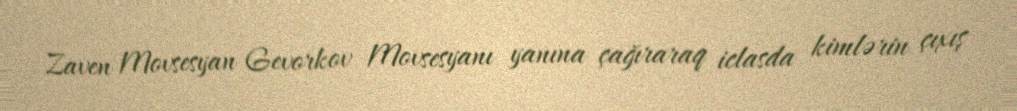
Zaven Movsesyan Gevorkov Movsesyanı yanına çağıraraq iclasda kimlərin çıxış